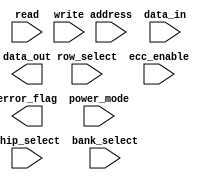
module hbm_memory (
    input wire [31:0] address,
    input wire [31:0] data_in,
    output wire [31:0] data_out,
    input wire read,
    input wire write,
    
    // Control signals
    input wire chip_select,
    input wire bank_select,
    input wire row_select,
    
    // Error checking and correction signals
    input wire ecc_enable,
    output wire error_flag,
    
    // Power management signals
    input wire power_mode
);

// Verilog code for HBM memory block implementation

endmodule